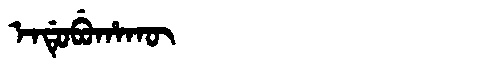
Manchu: ᡝᠨᡩᡠᠪᡠᡥᠠᡴᡡ
Romanization: ENDUBUHAKŪ